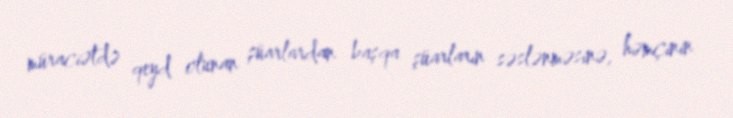
müraciətdə qeyd olunan şüarlardan başqa şüarların səslənməsinə, həmçinin